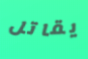
يقاتل